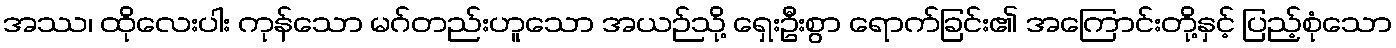
အဿ၊ ထိုလေးပါး ကုန်သော မဂ်တည်းဟူသော အယဉ်သို့ ရှေးဦးစွာ ရောက်ခြင်း၏ အကြောင်းတို့နှင့် ပြည့်စုံသော